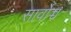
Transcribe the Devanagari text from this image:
सार्वोच्च